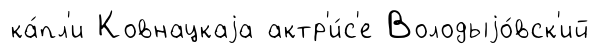
ка́пл'и Ковнацкаjа актр'и́с'е Володыjо́вск'ий